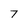
Character: 7